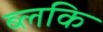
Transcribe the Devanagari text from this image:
ब्लकि